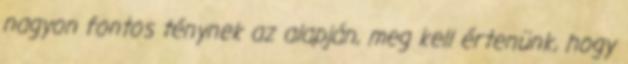
nagyon fontos ténynek az alapján, meg kell értenünk, hogy